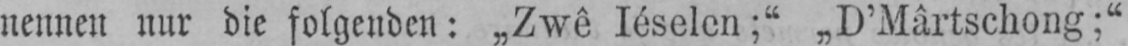
nennen nur die folgenden: „Zwê Iéselen;“ „D’Mârtschong;“